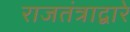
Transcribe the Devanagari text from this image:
राजतंत्राद्वारे